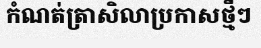
កំណត់ត្រាសិលាប្រកាសថ្មីៗ